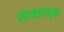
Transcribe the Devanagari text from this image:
सहकारवृक्ष